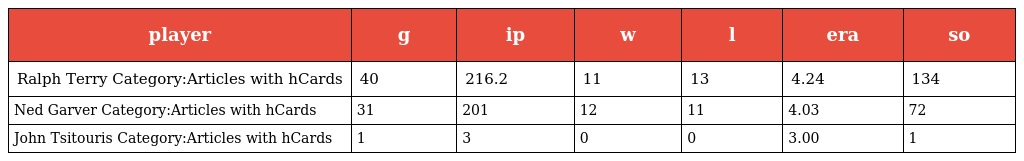
| player | g | ip | w | l | era | so |
 | --- | --- | --- | --- | --- | --- | --- |
 | Ralph Terry Category:Articles with hCards | 40 | 216.2 | 11 | 13 | 4.24 | 134 |
 | Ned Garver Category:Articles with hCards | 31 | 201 | 12 | 11 | 4.03 | 72 |
 | John Tsitouris Category:Articles with hCards | 1 | 3 | 0 | 0 | 3.00 | 1 |